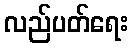
လည်ပတ်ရေး